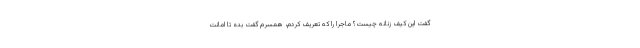
گفت این کیف زنانه چیست؟ ماجرا را که تعریف کردم، همسرم گفت بده تا امانت